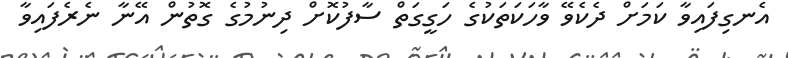
އެނގިފައިވާ ކަމަށް ދެކެވޭ ވާހަކަތަކުގެ ހަގީގަތް ސާފުކޮށް ދިނުމުގެ ގޮތުން އޭނާ ނެރެފައިވާ